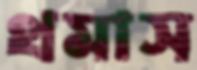
থমাস